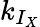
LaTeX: k_{I_{X}}